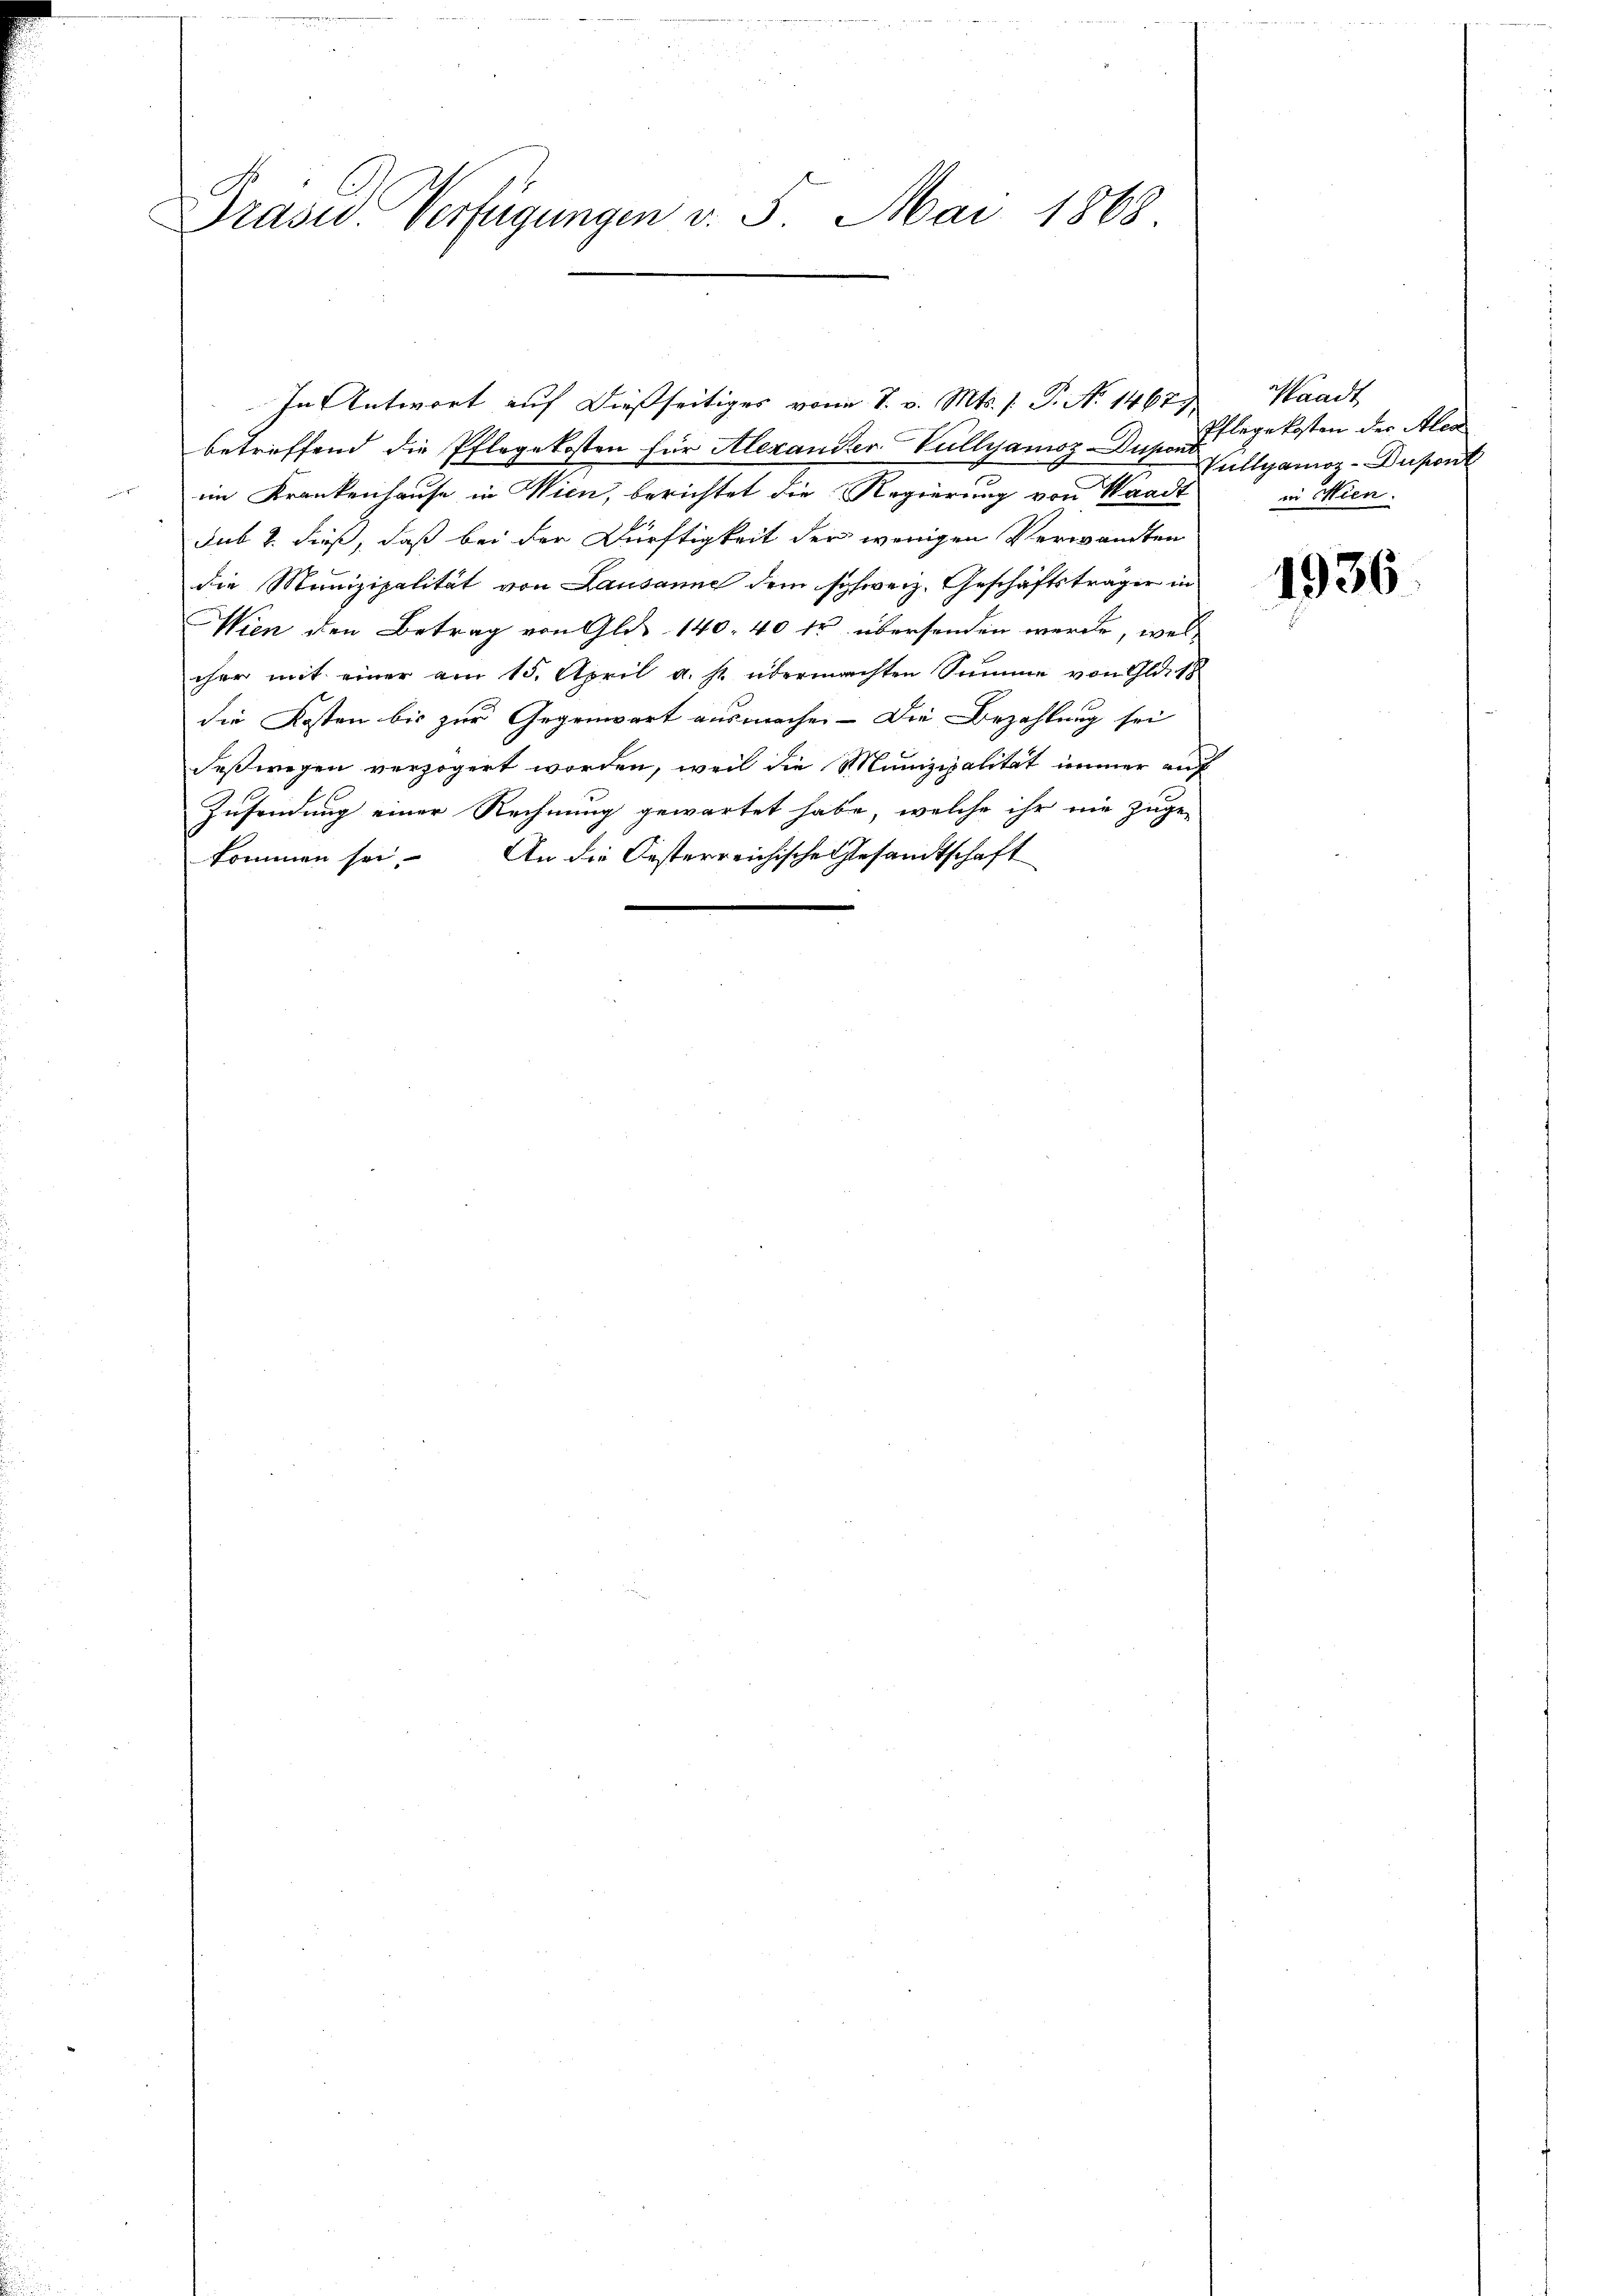
Präsid. Verfügungen v. 5. Mai 1868

In Antwort auf dießseitiges von S. v. Mts. /: P. No 14679.
betreffend die Pflegekosten für Alexander Vullyamoz Dusel legekosten der Ales
im Krankenhause in Wien, berichtet die Regierung von Waadt
sub 2. dieß, daß bei der Dürftigkeit der wenigen Verwandten
die Munizipalität von Lausanne dem schweiz. Geschäftsträger in
Wien den Betrag von Glas 140. 40 fr übersenden werde, welcher mit einer am 15. April a. p. übermachten Summe von Glat
die Kosten bis zur Gegenwart ausmache. - Die Bezahlung sei
deßwegen verzögert worden, weil die Munizipalität immer auf
Zusendung einer Rechnung gewartet habe, welche ihr nie zuge-
kommen sei. An die Oesterreichische Gesandtschaft

Waadt
Vullyanoz-Dupont
in Mien.

1936.